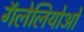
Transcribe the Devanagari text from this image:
गॅलेलियोओ